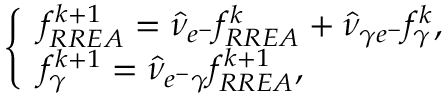
\left\{ \begin{array} { l l } { f _ { R R E A } ^ { k + 1 } = \Hat { \nu } _ { e ^ { - } } f _ { R R E A } ^ { k } + \Hat { \nu } _ { \gamma e ^ { - } } f _ { \gamma } ^ { k } , } \\ { f _ { \gamma } ^ { k + 1 } = \Hat { \nu } _ { e ^ { - } \gamma } f _ { R R E A } ^ { k + 1 } , } \end{array} \right.